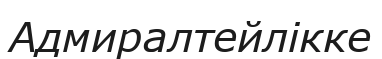
Адмиралтейлікке